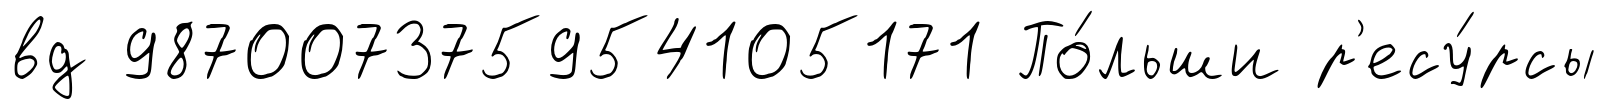
вд 987007375954105171 По́льши р'есу́рсы